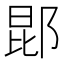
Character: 𬪈